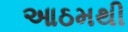
આઠમથી